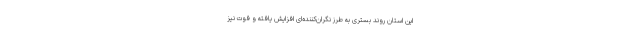
این استان روند بستری به طرز نگران‌کننده‌ای افزایش یافته و فوت نیز